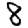
Digit: 8